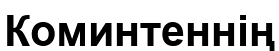
Коминтеннің